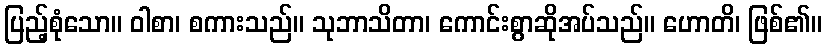
ပြည့်စုံသော။ ဝါစာ၊ စကားသည်။ သုဘာသိတာ၊ ကောင်းစွာဆိုအပ်သည်။ ဟောတိ၊ ဖြစ်၏။